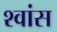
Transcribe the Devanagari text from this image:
श्‍वांस